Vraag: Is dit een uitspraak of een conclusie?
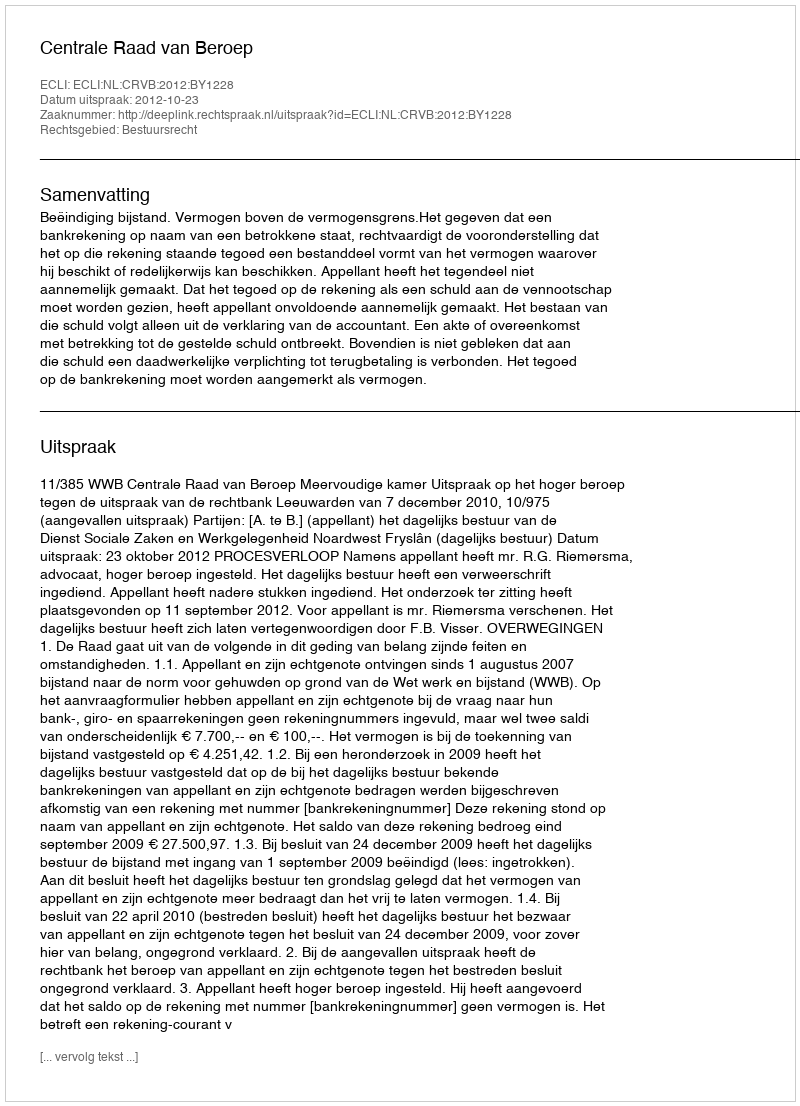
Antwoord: Uitspraak